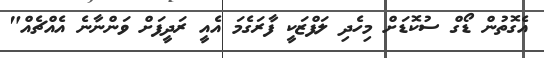
އެގޮތުން ޑޯގް ސުކޮޑަށް މިހެދި ލަފްޒަކީ ފާރަގެމަ އެއީ ރަދީފަށް ވަންނާނެ އެއްޗެއް"